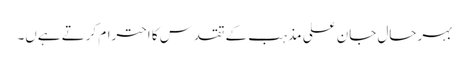
بہرحال جان علی مذہب کے تقدس کا احترام کرتے ہےں۔